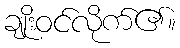
ချုးိဝင်လိုက်၏။